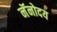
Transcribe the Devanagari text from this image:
नॅनोदय